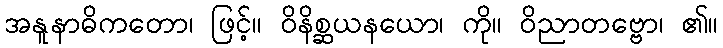
အနူနာဓိကတော၊ ဖြင့်။ ဝိနိစ္ဆယနယော၊ ကို။ ဝိညာတဗ္ဗော၊ ၏။